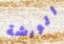
الورشة